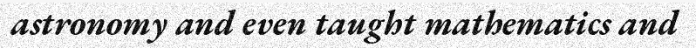
astronomy and even taught mathematics and